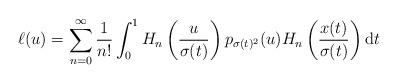
LaTeX: \begin{align*} \ell(u)=\sum _{n=0}^{\infty}\dfrac{1}{n!}\int_{0}^{1}H_{n}\left( \dfrac{u}{\sigma(t)} \right)p_{\sigma(t)^{2}}(u) H_{n}\left( \dfrac{x(t)}{\sigma(t)} \right)\mathrm{d}t \end{align*}